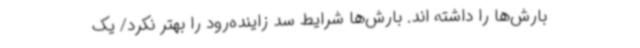
بارش‌ها را داشته اند. بارش‌ها شرایط سد زاینده‌رود را بهتر نکرد/ یک